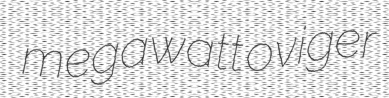
megawatt oviger